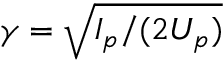
\gamma = \sqrt { I _ { p } / ( 2 U _ { p } ) }